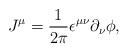
\begin{align*}J^\mu =\frac{1}{2\pi} \epsilon^{\mu\nu} \partial_\nu \phi,\end{align*}